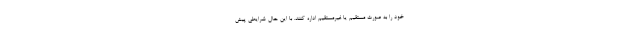
خود را به صورت مستقیم یا غیرمستقیم اداره کنند. با این حال شرایطی پیش